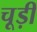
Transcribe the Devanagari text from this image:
चूड़ीं